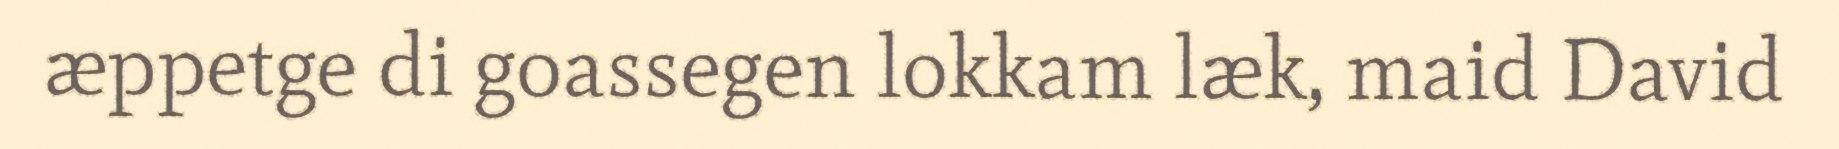
æppetge di goassegen lokkam læk, maid David